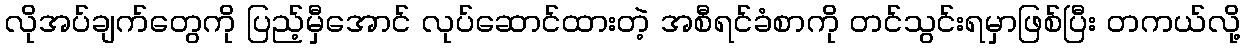
လိုအပ်ချက်တွေကို ပြည့်မှီအောင် လုပ်ဆောင်ထားတဲ့ အစီရင်ခံစာကို တင်သွင်းရမှာဖြစ်ပြီး တကယ်လို့